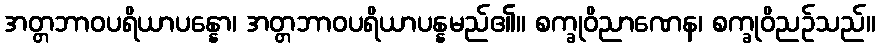
အတ္တဘာဝပရိယာပန္နော၊ အတ္တဘာဝပရိယာပန္နမည်၏။ စက္ခုဝိညာဏေန၊ စက္ခုဝိညဉ်သည်။